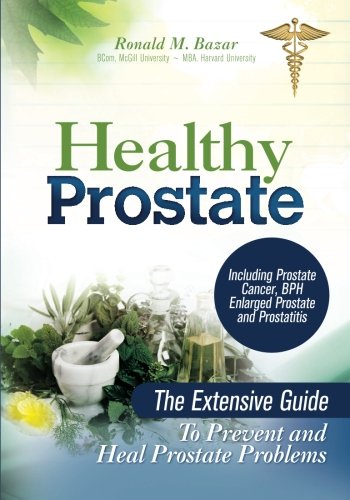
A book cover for Healthy Prostate: The Extensive Guide To Prevent and Heal Prostate Problems Including Prostate Cancer, BPH Enlarged Prostate and Prostatitis; Ronald M Bazar; Health, Fitness & Dieting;